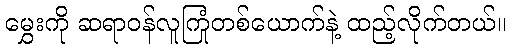
မွှေးကို ဆရာဝန်လူကြုံတစ်ယောက်နဲ့ ထည့်လိုက်တယ်။